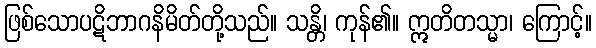
ဖြစ်သောပဋိဘာဂနိမိတ်တို့သည်။ သန္တိ၊ ကုန်၏။ ဣတိတသ္မာ၊ ကြောင့်။